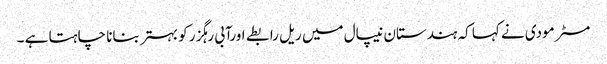
مسٹر مودی نے کہا کہ ہندستان نیپال میں ریل رابطے اورآبی رہگزر کو بہتر بنانا چاہتا ہے ۔